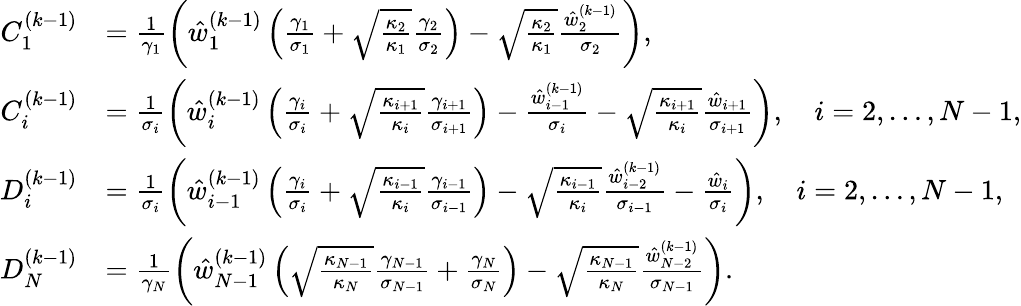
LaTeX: \begin{array}{rl}{C_{1}^{(k-1)}}&{=\frac{1}{\gamma_{1}}\left(\hat{w}_{1}^{(k-1)}\left(\frac{\gamma_{1}}{\sigma_{1}}+\sqrt{\frac{\kappa_{2}}{\kappa_{1}}}\frac{\gamma_{2}}{\sigma_{2}}\right)-\sqrt{\frac{\kappa_{2}}{\kappa_{1}}}\frac{\hat{w}_{2}^{(k-1)}}{\sigma_{2}}\right),}\\ {C_{i}^{(k-1)}}&{=\frac{1}{\sigma_{i}}\left(\hat{w}_{i}^{(k-1)}\left(\frac{\gamma_{i}}{\sigma_{i}}+\sqrt{\frac{\kappa_{i+1}}{\kappa_{i}}}\frac{\gamma_{i+1}}{\sigma_{i+1}}\right)-\frac{\hat{w}_{i-1}^{(k-1)}}{\sigma_{i}}-\sqrt{\frac{\kappa_{i+1}}{\kappa_{i}}}\frac{\hat{w}_{i+1}}{\sigma_{i+1}}\right),\quad i=2,\ldots,N-1,}\\ {D_{i}^{(k-1)}}&{=\frac{1}{\sigma_{i}}\left(\hat{w}_{i-1}^{(k-1)}\left(\frac{\gamma_{i}}{\sigma_{i}}+\sqrt{\frac{\kappa_{i-1}}{\kappa_{i}}}\frac{\gamma_{i-1}}{\sigma_{i-1}}\right)-\sqrt{\frac{\kappa_{i-1}}{\kappa_{i}}}\frac{\hat{w}_{i-2}^{(k-1)}}{\sigma_{i-1}}-\frac{\hat{w}_{i}}{\sigma_{i}}\right),\quad i=2,\ldots,N-1,}\\ {D_{N}^{(k-1)}}&{=\frac{1}{\gamma_{N}}\left(\hat{w}_{N-1}^{(k-1)}\left(\sqrt{\frac{\kappa_{N-1}}{\kappa_{N}}}\frac{\gamma_{N-1}}{\sigma_{N-1}}+\frac{\gamma_{N}}{\sigma_{N}}\right)-\sqrt{\frac{\kappa_{N-1}}{\kappa_{N}}}\frac{\hat{w}_{N-2}^{(k-1)}}{\sigma_{N-1}}\right).}\end{array}